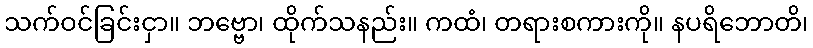
သက်ဝင်ခြင်းငှာ။ ဘဗ္ဗော၊ ထိုက်သနည်း။ ကထံ၊ တရားစကားကို။ နပရိဘောတိ၊